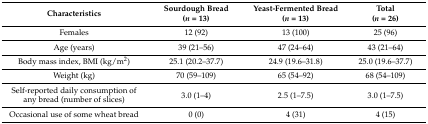
<table><thead><tr><td><b>Characteristics</b></td><td><b>Sourdough Bread (<i>n</i> = 13)</b></td><td><b>Yeast-Fermented Bread (<i>n</i> = 13)</b></td><td><b>Total (<i>n</i> = 26)</b></td></tr></thead><tbody><tr><td>Females</td><td>12 (92)</td><td>13 (100)</td><td>25 (96)</td></tr><tr><td>Age (years)</td><td>39 (21–56)</td><td>47 (24–64)</td><td>43 (21–64)</td></tr><tr><td>Body mass index, BMI (kg/m<sup>2</sup>)</td><td>25.1 (20.2–37.7)</td><td>24.9 (19.6–31.8)</td><td>25.0 (19.6–37.7)</td></tr><tr><td>Weight (kg)</td><td>70 (59–109)</td><td>65 (54–92)</td><td>68 (54–109)</td></tr><tr><td>Self-reported daily consumption of any bread (number of slices)</td><td>3.0 (1–4)</td><td>2.5 (1–7.5)</td><td>3.0 (1–7.5)</td></tr><tr><td>Occasional use of some wheat bread</td><td>0 (0)</td><td>4 (31)</td><td>4 (15)</td></tr></tbody></table>